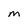
Character: M